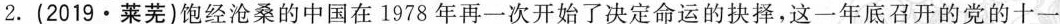
2.(2019·莱芜)饱经沧桑的中国在1978年再一次开始了决定命运的抉择，这一年底召开的党的十一